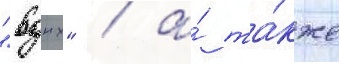
"вднх" / а́ та́кже